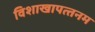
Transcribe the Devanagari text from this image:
विशाखापत्‍तनम